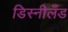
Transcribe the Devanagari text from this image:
डिस्नीलँड